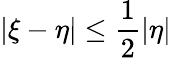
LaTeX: |\xi-\eta|\leq\frac 12|\eta|